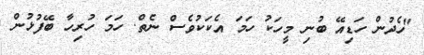
"ހެދުން ހަޑިއޭ ބުނި މީހަކު ހަމަ އެކަކުވެސް ނެތް. ހަމަ ހުރިހާ ބޭފުޅުން